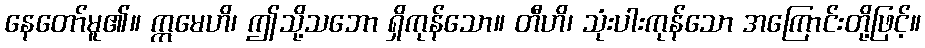
နေတော်မူ၏။ ဣမေဟိ၊ ဤသို့သဘော ရှိကုန်သော။ တီဟိ၊ သုံးပါးကုန်သော အကြောင်းတို့ဖြင့်။